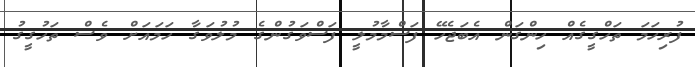
ފުރިހަމަ ތަހްގީގެއް ހިންގަން އެބަޖެހޭ ފަސްމާމުލީ ފަސްވަގުންގެ މުލުވަގާ ހަމައަށް ވެސް ތަހުގީގު